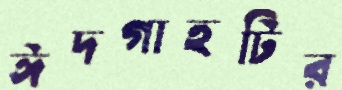
ঈদগাহটির